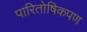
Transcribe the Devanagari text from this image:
पारितोषिकपण